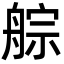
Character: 䑸